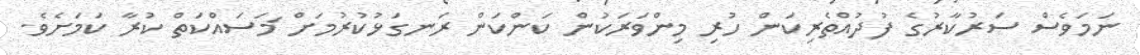
ނަމަވެސް ސަރުކާރުގެ ފުދުއްތެރިކަން ހުރި މިންވަރަކުން ކަންކަން ރަނގަޅުކުރުމަށް ަމަސައްކަތް ކުރާ ކަމަށެެވެ.